65_HS1-834228961_62-HQ-83894_Section_2
Agency: FBI
Page 192
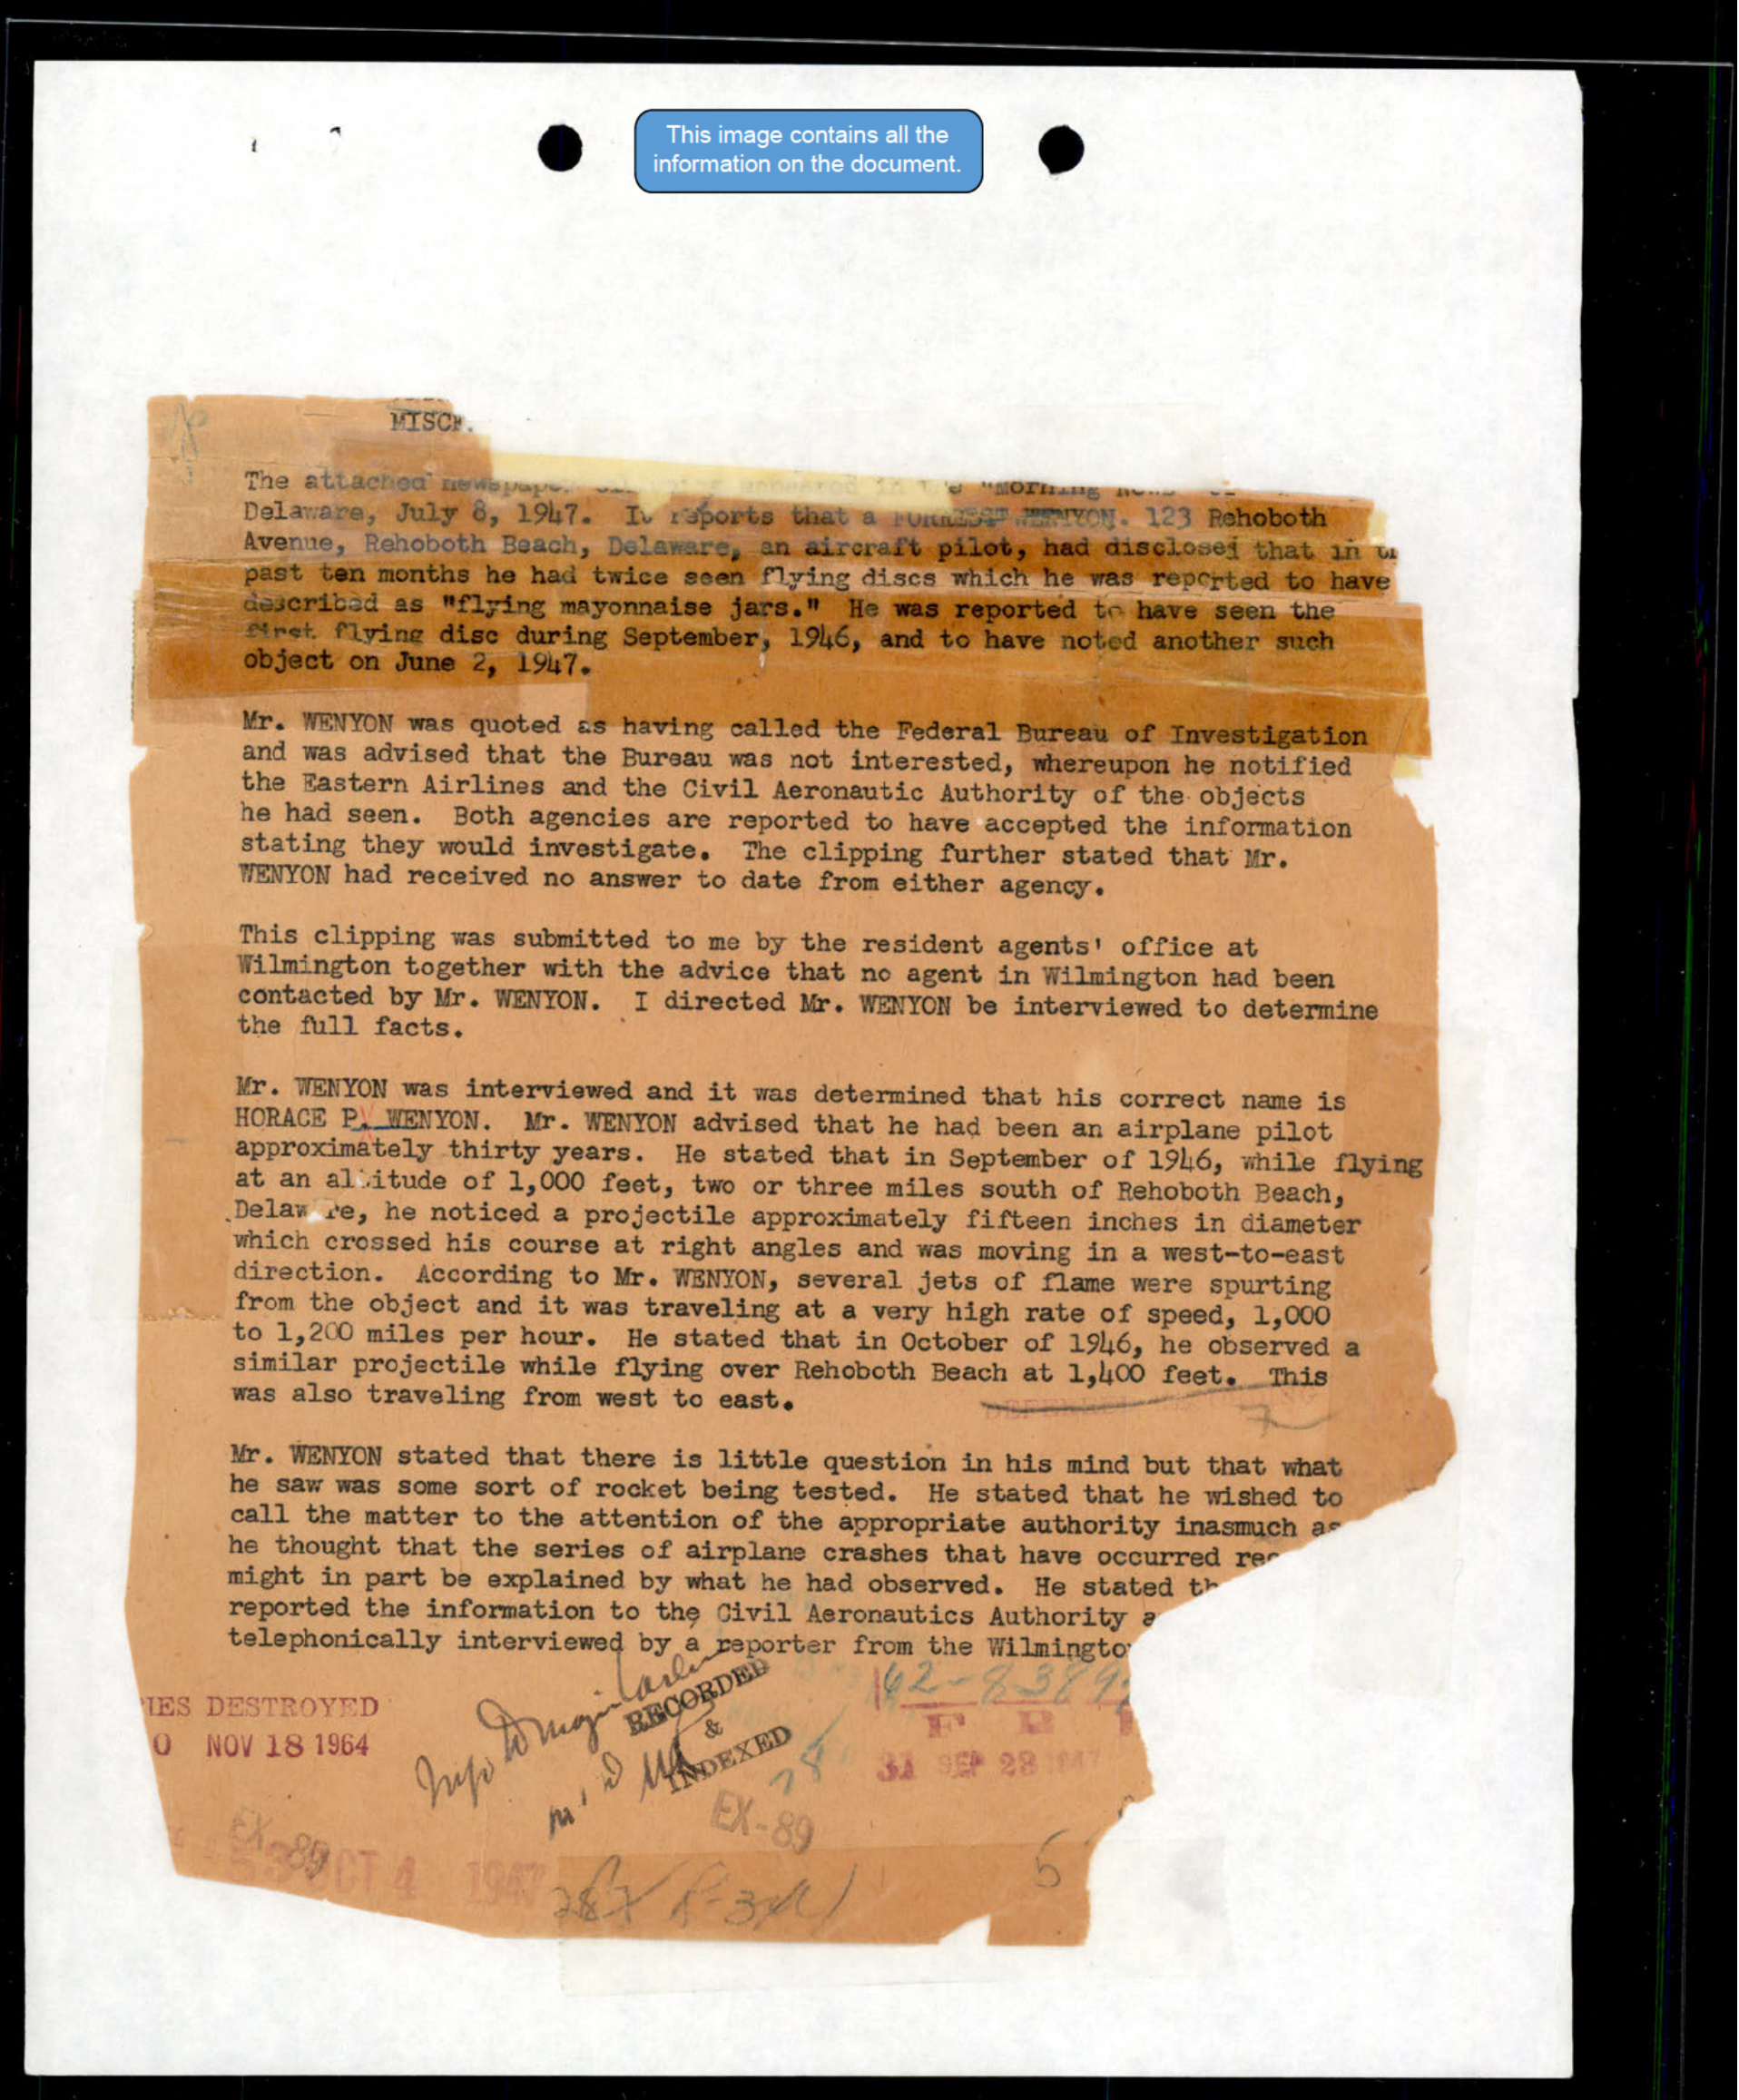